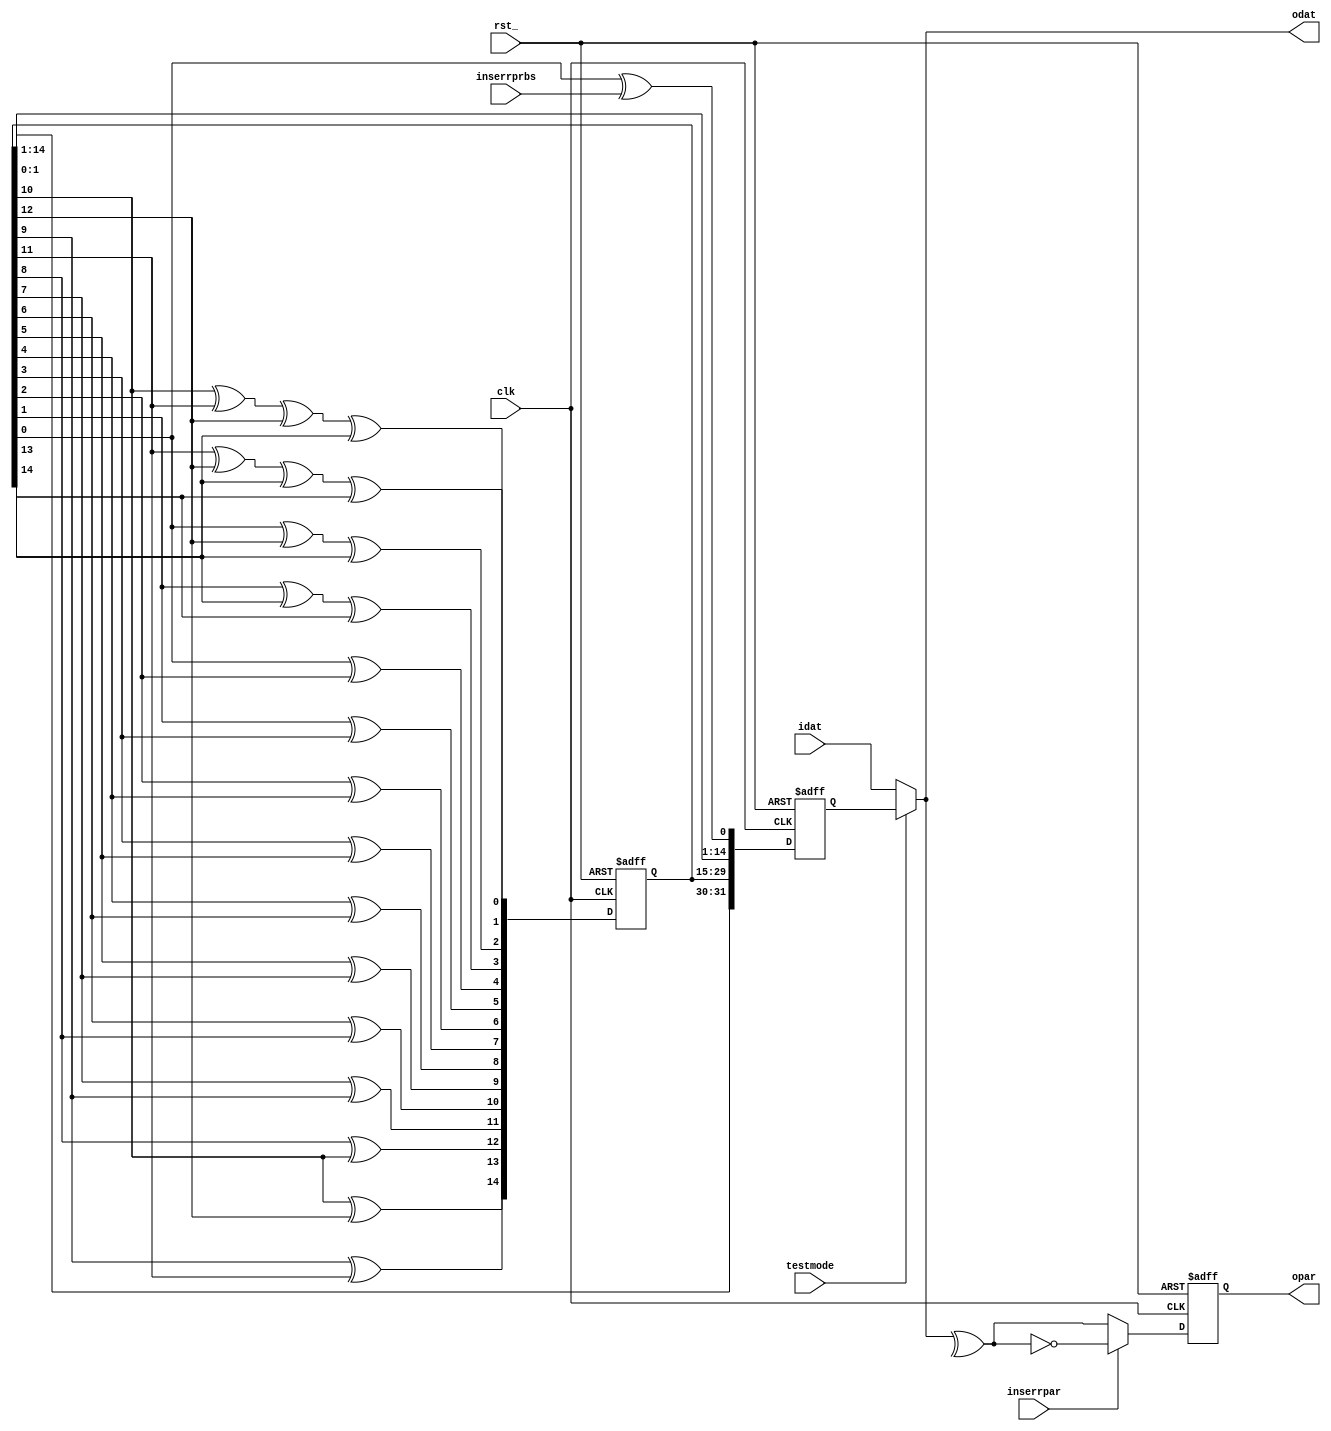
// Description  : .
////////////////////////////////////////////////////////////////////////////////

module gendata
    (
     rst_,
     clk,

     testmode,      // 1 : testmode
     inserrprbs,    // insert error for prbs
     inserrpar,     // insert error for parity
     
     idat,
     odat,
     opar
     );

////////////////////////////////////////////////////////////////////////////////
// Parameter declarations

parameter DATABIT = 32;
parameter INIT    = 15'h7fff;

////////////////////////////////////////////////////////////////////////////////
// Port declarations

input                rst_;
input                clk;

input                testmode;
input                inserrprbs;
input                inserrpar;

input [DATABIT-1:0]  idat;
output [DATABIT-1:0] odat;
output               opar;

////////////////////////////////////////////////////////////////////////////////
// Local logic and instantiation

// gen data PRBS for testing
reg [14:0]  prbsreg;
always @ (posedge clk or negedge rst_)
    begin
    if(!rst_) prbsreg <= INIT;
    else prbsreg <= {prbsreg[10] ^ prbsreg[12],
                     prbsreg[9] ^ prbsreg[11],
                     prbsreg[8] ^ prbsreg[10],
                     prbsreg[7] ^ prbsreg[9],
                     prbsreg[6] ^ prbsreg[8],
                     prbsreg[5] ^ prbsreg[7],
                     prbsreg[4] ^ prbsreg[6],
                     prbsreg[3] ^ prbsreg[5],
                     prbsreg[2] ^ prbsreg[4],
                     prbsreg[1] ^ prbsreg[3],
                     prbsreg[0] ^ prbsreg[2],
                     prbsreg[1] ^ prbsreg[13] ^ prbsreg[14],
                     prbsreg[0] ^ prbsreg[12] ^ prbsreg[13],
                     prbsreg[11] ^ prbsreg[12] ^ prbsreg[13] ^ prbsreg[14],
                     prbsreg[10] ^ prbsreg[11] ^ prbsreg[12] ^ prbsreg[13]};
    end

wire    [149:0] data,data_err; //force err prbs
assign         data     = {10{prbsreg}};
assign         data_err = {data[149:1],data[0]^inserrprbs};

reg [DATABIT-1:0]  daprbs;
always @ (posedge clk or negedge rst_)
    begin
    if(!rst_) daprbs <= {DATABIT{1'b0}};
    else      daprbs <= data_err[DATABIT-1:0];
    end

// select data
assign  odat = testmode ? daprbs : idat;

// calculate parity
reg     opar;
always @(posedge clk or negedge rst_)
    begin
    if(!rst_)          opar <= 1'b0;
    else if(inserrpar) opar <= !(^(odat));
    else               opar <= ^(odat);
    end

endmodule